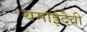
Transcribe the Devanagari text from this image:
यमाईदेवी